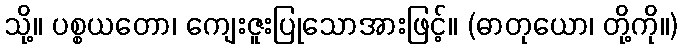
သို့။ ပစ္စယတော၊ ကျေးဇူးပြုသောအားဖြင့်။ (ဓာတုယော၊ တို့ကို။)